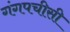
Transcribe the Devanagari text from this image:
गंगपचीसी